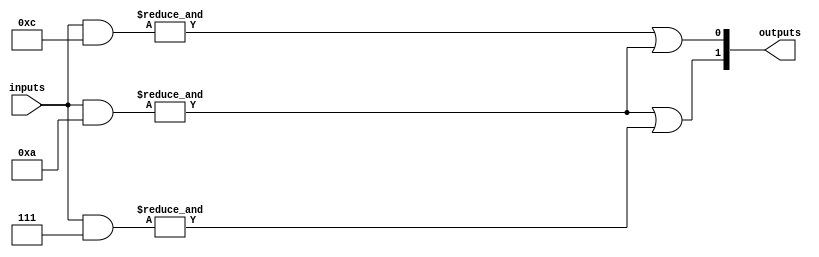
module masked_pal (
    input wire [N-1:0] inputs, // N input lines
    output wire [M-1:0] outputs // M output lines
);

// Parameters for the number of AND gates and OR gates
parameter N = 4; // Number of inputs
parameter M = 2; // Number of outputs
parameter K = 3; // Number of AND gates

// Internal signals for AND gate outputs
wire [K-1:0] and_outputs;

// Define the programmable AND gates
// Each AND gate can be programmed with a mask
// For simplicity, we define the masks directly in the code
// In a real implementation, these would be set during manufacturing

// Example masks for AND gates (1 means connected, 0 means not connected)
wire [N-1:0] and_mask [0:K-1]; // Masks for each AND gate

assign and_mask[0] = 4'b1100; // AND gate 0: inputs 0 and 1
assign and_mask[1] = 4'b1010; // AND gate 1: inputs 0 and 2
assign and_mask[2] = 4'b0111; // AND gate 2: inputs 1, 2, and 3

// Generate AND gate outputs based on the masks
genvar i, j;
generate
    for (i = 0; i < K; i = i + 1) begin : and_gate
        wire [N-1:0] and_input;
        assign and_input = inputs & and_mask[i]; // Apply mask to inputs
        assign and_outputs[i] = &and_input; // AND operation
    end
endgenerate

// Fixed OR plane
// Each output is connected to specific AND gate outputs
assign outputs[0] = and_outputs[0] | and_outputs[1]; // OR gate 0
assign outputs[1] = and_outputs[1] | and_outputs[2]; // OR gate 1

endmodule